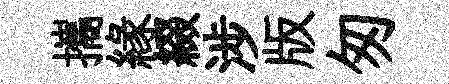
攜縁綴涉版匆